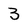
Character: 3